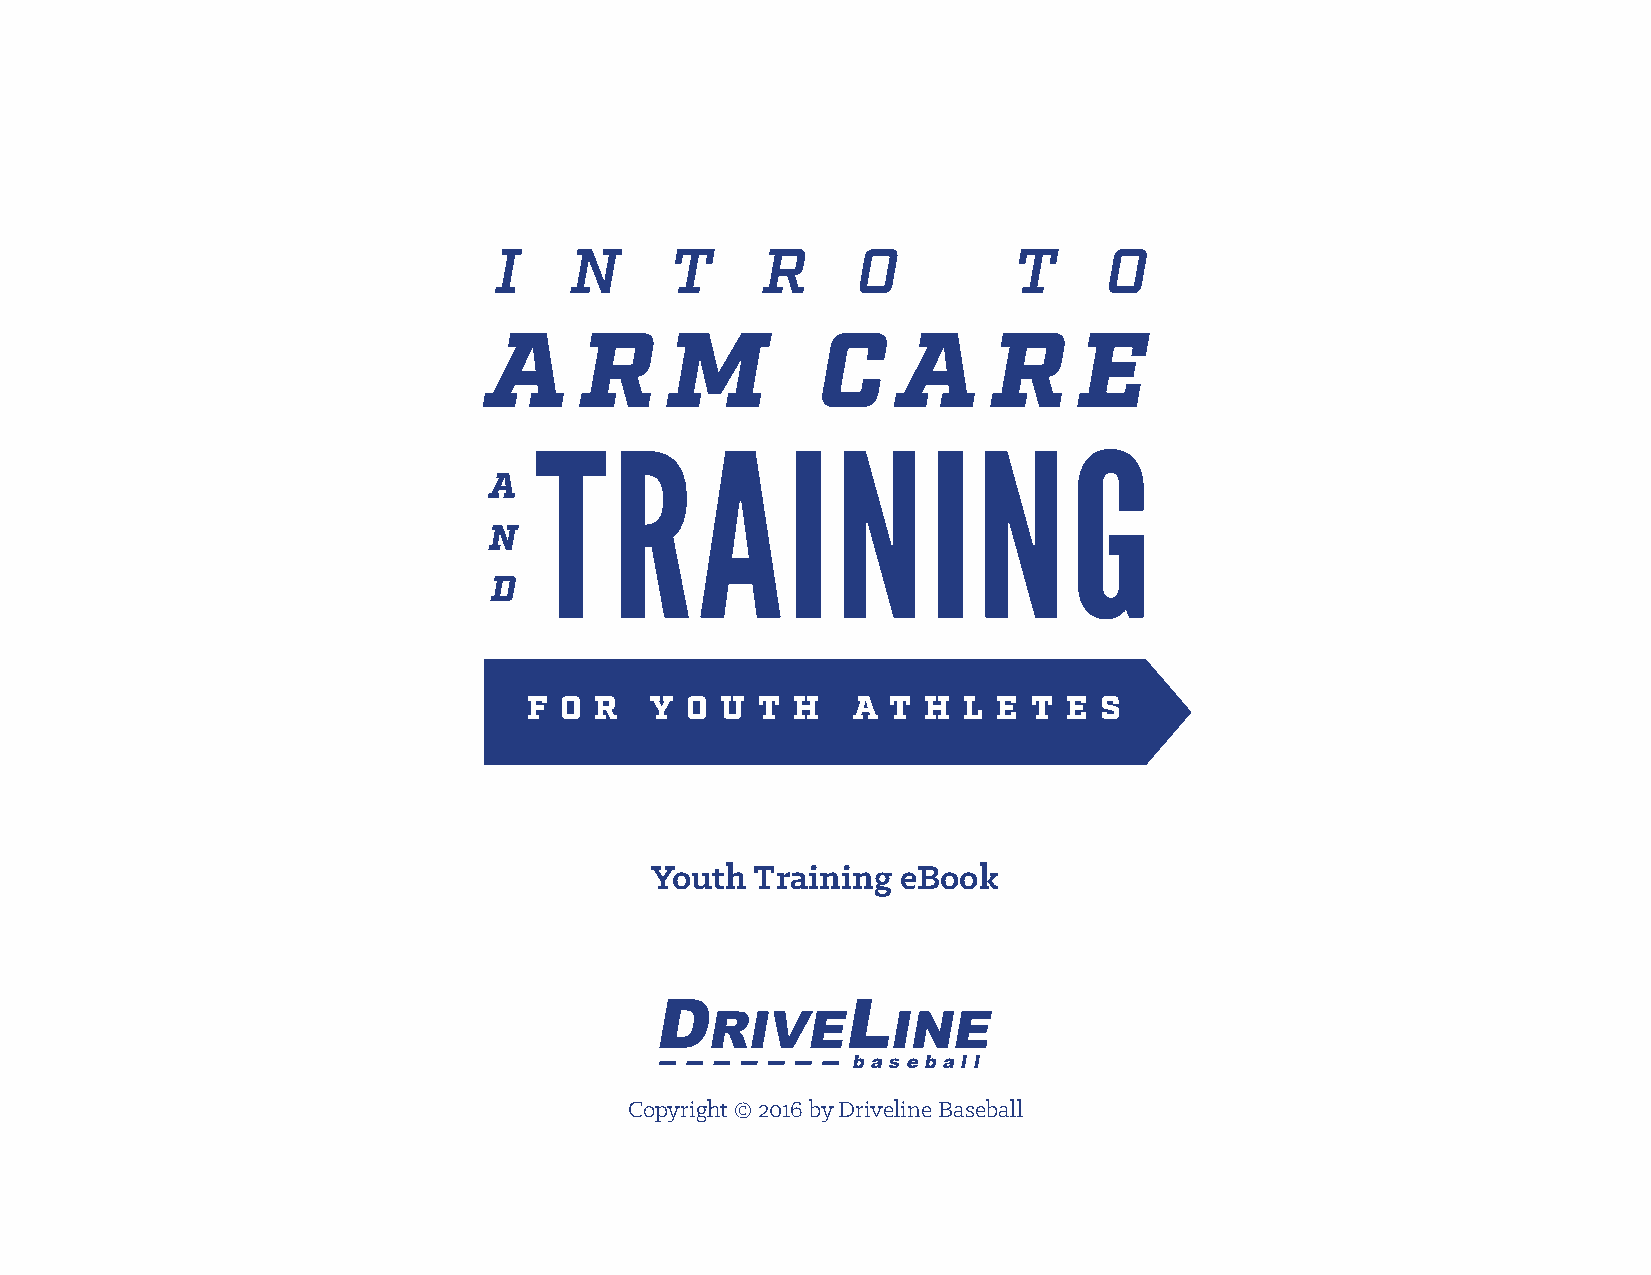
I    N     T     R      O         T     O
 A     R     M         C    A      R    E
 TRAINING
 A
 N
 D
 F O R   Y O  U T  H  A  T H  L E T  E S
 Youth  Training  eBook
 baseball
 Copyright © 2016 by Driveline Baseball